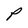
Character: P